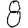
Digit: 8